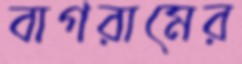
বাগরামের